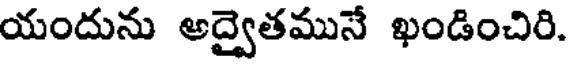
యందును అద్వైతమునే ఖండించిరి.